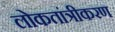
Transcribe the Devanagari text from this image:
लोकतांत्रीकरण